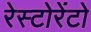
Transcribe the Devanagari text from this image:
रेस्टोरेंटो